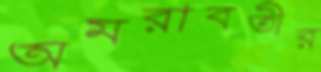
অমরাবতীর